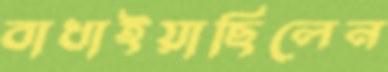
বাধাইয়াছিলেন